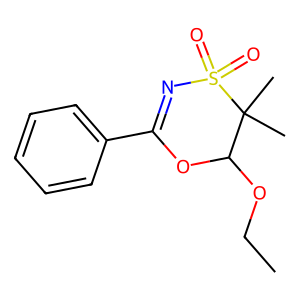
SMILES: CCOC1OC(c2ccccc2)=NS(=O)(=O)C1(C)C
Inhibits HIV replication: No